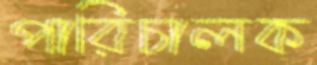
পারিচালক